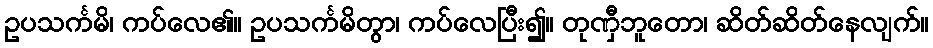
ဥပသင်္ကမိ၊ ကပ်လေ၏။ ဥပသင်္ကမိတွာ၊ ကပ်လေပြီး၍။ တုဏှီဘူတော၊ ဆိတ်ဆိတ်နေလျက်။